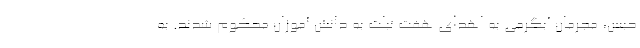
حبس، مجرمان آبگرمی به اهدای هفت تبلت به دانش آموزان محکوم شدند. به